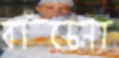
বাঁচেনা